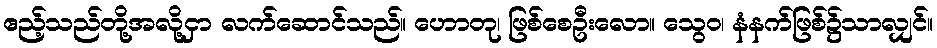
ဧည့်သည်တို့အလို့ငှာ လက်ဆောင်သည်။ ဟောတု၊ ဖြစ်စေဦးလော။ သွေဝ၊ နံနက်ဖြစ်၌သာလျှင်။